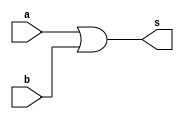
// ---------------------
// Exercicio10 - or (4 entradas)
// Nome: Raphael Quintao
// ---------------------
// ---------------------
// -- or gate
// ---------------------
module orgate (output s, input a, b);
assign s = a | b;
endmodule // and

module ornovo (output s, input a, b, c, d);
wire resp, resp2;
orgate and1 (resp, a, b);
orgate and2 (resp2, c, d);
orgate and3 (s, resp, resp2);
endmodule // and
// ---------------------
// -- test orgate
// ---------------------
module testorgate;
// ------------------------- dados locais
reg a,b,c,d; // definir registrador
wire s; // definir conexao (fio)
// ------------------------- instancia
ornovo orx (s, a, b, c, d);
// ------------------------- preparacao
initial begin:start
a=0;
b=0;
c=0;
d=0;
end
// ------------------------- parte principal
initial begin:main
$display("Exercicio08 - Raphael Quintao - 445171");
$display("Test or gate(4 entradas)");
$display("\na x b = s\n");
$monitor("%b x %b x %b x %b = %b", a, b, c, d, s);

#1 a=0; b=0; c=0; d=0;
#1 a=0; b=0; c=0; d=1; 
#1 a=0; b=0; c=1; d=0;
#1 a=0; b=0; c=1; d=1; 
#1 a=0; b=1; c=0; d=0;
#1 a=0; b=1; c=0; d=1; 
#1 a=0; b=1; c=1; d=0;
#1 a=0; b=1; c=1; d=1; 
#1 a=1; b=0; c=0; d=0;
#1 a=1; b=0; c=0; d=1; 
#1 a=1; b=0; c=1; d=0;
#1 a=1; b=0; c=1; d=1; 
#1 a=1; b=1; c=0; d=0;
#1 a=1; b=1; c=0; d=1; 
#1 a=1; b=1; c=1; d=0;
#1 a=1; b=1; c=1; d=1;

end
endmodule // testandgate